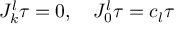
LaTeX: J _ { k } ^ { l } \tau = 0 , \quad J _ { 0 } ^ { l } \tau = c _ { l } \tau